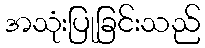
အသုံးပြုခြင်းသည်